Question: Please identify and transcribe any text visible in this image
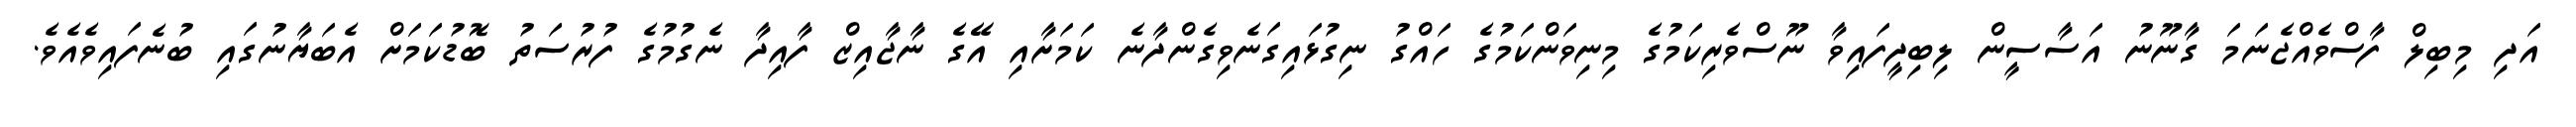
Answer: އަދި މިބިލް ފާސްވެއްޖެނަމަ ގާނޫނު އަސާސީން ލިބިދީފައިވާ ނޫސްވެރިކަމުގެ މިނިވަންކަމުގެ ހައްގު ނިގުޅައިގަނެވިގެންދާނެ ކަމަށާއި އޭގެ ނާޖާއިޒް ފާއިދާ ނެގުމުގެ ފުރުސަތު ބޮޑުކަމަށް އެބަޔާނުގައި ބުނެފައިވެއެވެ.